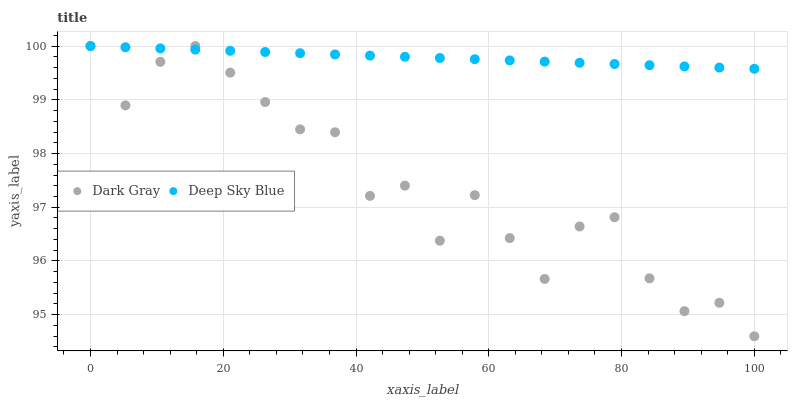
| xaxis_label | Dark Gray | Deep Sky Blue |
 | --- | --- | --- |
 | 0 | 100 | 100 |
 | 5.26 | 98.9 | 100 |
 | 10.5 | 99.7 | 100 |
 | 15.8 | 100 | 99.9 |
 | 21.1 | 99.5 | 99.9 |
 | 26.3 | 99 | 99.9 |
 | 31.6 | 98.4 | 99.9 |
 | 36.8 | 98.4 | 99.8 |
 | 42.1 | 97.2 | 99.8 |
 | 47.4 | 97.4 | 99.8 |
 | 52.6 | 96.4 | 99.8 |
 | 57.9 | 97.2 | 99.8 |
 | 63.2 | 96.4 | 99.7 |
 | 68.4 | 95.7 | 99.7 |
 | 73.7 | 96.6 | 99.7 |
 | 78.9 | 96.8 | 99.7 |
 | 84.2 | 95.7 | 99.6 |
 | 89.5 | 95.1 | 99.6 |
 | 94.7 | 95.2 | 99.6 |
 | 100 | 94.6 | 99.6 |